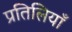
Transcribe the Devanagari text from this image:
प्रतिलियाँ